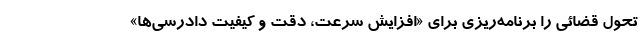
تحول قضائی را برنامه‌ریزی برای «افزایش سرعت، دقت و کیفیت دادرسی‌ها»